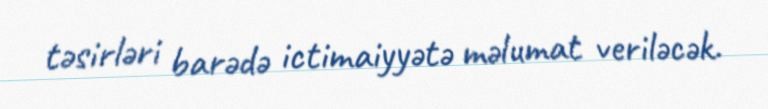
təsirləri barədə ictimaiyyətə məlumat veriləcək.